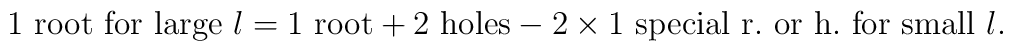
1\textrm{ root for large }l=1\textrm{ root}+2\textrm{ holes}-2\times 1\textrm{ special r}.\textrm{ or h}.\textrm{ for small }l.